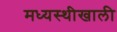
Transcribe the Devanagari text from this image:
मध्यस्थीखाली